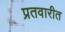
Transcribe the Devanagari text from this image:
प्रतवारीत